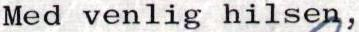
Med venlig hilsen,